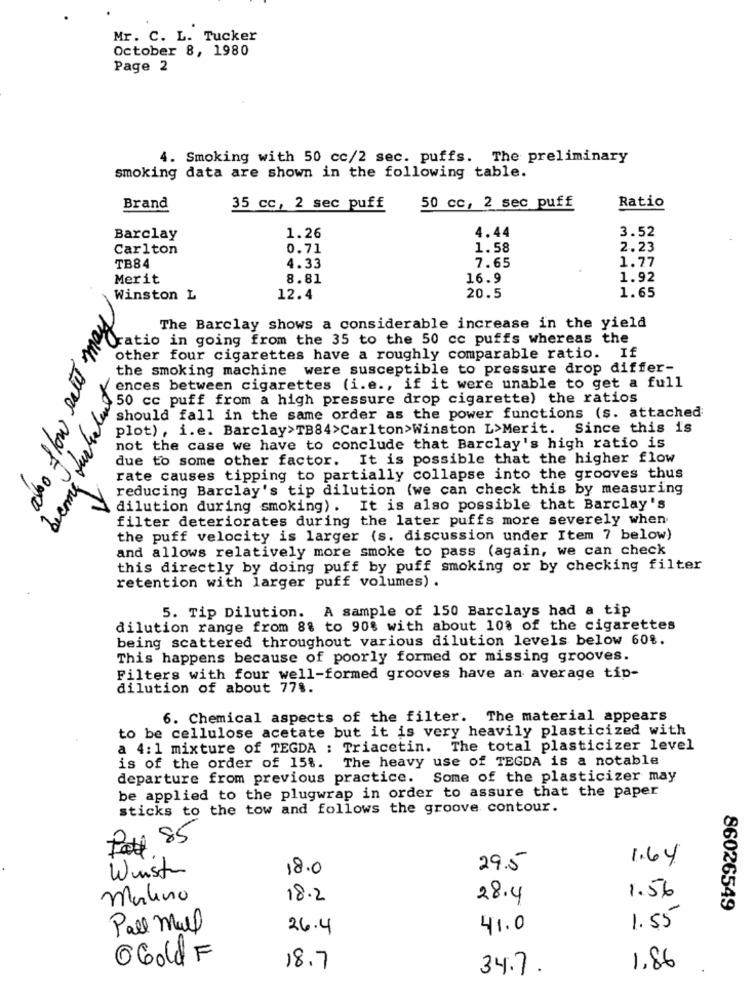
Mr. C. L. Tucker
October 8, 1980
Page 2
4. Smoking with 50 cc/2 sec. puffs. The preliminary
smoking data are shown in the following table.
Brand
35 cc, 2 sec puff
50 cc, 2 sec puff
Ratio
3.52
Barclay
1.26
4.44
Carlton
0.71
1.58
2.23
7.65
1.77
TB84
4.33
Merit
8.81
16.9
1.92
20.5
Winston L
12.4
1.65
may
The Barclay shows a considerable increase in the yield
ratio in going from the 35 to the 50 cc puffs whereas the
also flow rate
other four cigarettes have a roughly comparable ratio. If
the smoking machine were susceptible to pressure drop differ-
ences between cigarettes (i.e ., if it were unable to get a full
50 cc puff from a high pressure drop cigarette) the ratios
should fall in the same order as the power functions (s. attached
plot) , i.e. Barclay>TB84>Carlton>Winston L>Merit.
Since this is
not the case we have to conclude that Barclay's high ratio is
due to some other factor. It is possible that the higher flow
rate causes tipping to partially collapse into the grooves thus
reducing Barclay's tip dilution (we can check this by measuring
dilution during smoking). It is also possible that Barclay's
filter deteriorates during the later puffs more severely when
the puff velocity is larger (s. discussion under Item 7 below)
and allows relatively more smoke to pass (again, we can check
this directly by doing puff by puff smoking or by checking filter
retention with larger puff volumes) .
5. Tip Dilution. A sample of 150 Barclays had a tip
dilution range from 88 to 90% with about 108 of the cigarettes
being scattered throughout various dilution levels below 60%.
This happens because of poorly formed or missing grooves.
Filters with four well-formed grooves have an average tip-
dilution of about 778.
6. Chemical aspects of the filter. The material appears
to be cellulose acetate but it is very heavily plasticized with
a 4:1 mixture of TEGDA : Triacetin. The total plasticizer level
is of the order of 15%. The heavy use of TEGDA is a notable
departure from previous practice. Some of the plasticizer may
be applied to the plugwrap in order to assure that the paper
sticks to the tow and follows the groove contour.
Po# 85
1.64
Wurst
18.0
29.5
1.56
Malino
18.2
28.4
86026549
1.55
Pall Mall
26.4
41.0
0Gold F
18.7
34.7
1,86